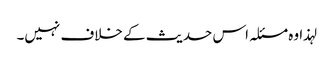
لہذا وہ مسئلہ اس حدیث کے خلاف نہیں۔